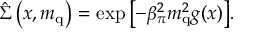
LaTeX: \hat { \Sigma } \left( x , m _ { \mathrm { q } } \right) = \exp { \left[ - \beta _ { \pi } ^ { 2 } m _ { \mathrm { q } } ^ { 2 } g ( x ) \right] } .